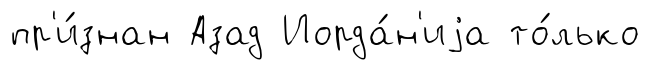
пр'и́знан Азад Иорда́н'иjа то́лько